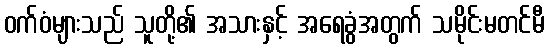
ဝက်ဝံများသည် သူတို့၏ အသားနှင့် အရေခွံအတွက် သမိုင်းမတင်မီ